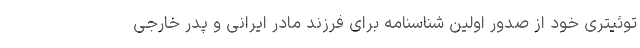
توئیتری خود از صدور اولین شناسنامه برای فرزند مادر ایرانی و پدر خارجی